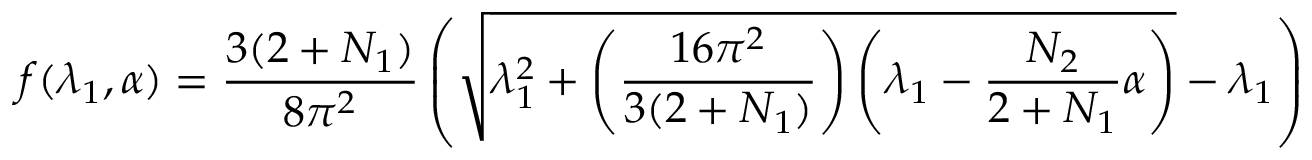
f ( \lambda _ { 1 } , \alpha ) = { \frac { 3 ( 2 + N _ { 1 } ) } { 8 \pi ^ { 2 } } } \left( \sqrt { \lambda _ { 1 } ^ { 2 } + \left( { \frac { 1 6 \pi ^ { 2 } } { 3 ( 2 + N _ { 1 } ) } } \right) \left( \lambda _ { 1 } - { \frac { N _ { 2 } } { 2 + N _ { 1 } } } \alpha \right) } - \lambda _ { 1 } \right)